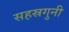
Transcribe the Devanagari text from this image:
सहस्रगुनी